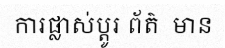
ការផ្លាស់ប្តូរ ព័ត៌  មាន